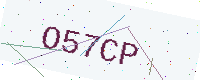
Text: O57CP